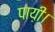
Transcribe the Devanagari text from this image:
पाय़ी।